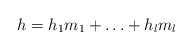
\begin{align*} h=h_1m_1+\ldots+h_lm_l \end{align*}